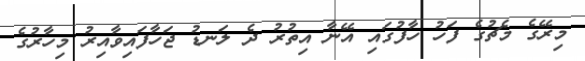
މިރޭގެ މެޗުގެ ފަހު ހާފުގައި އޭނާ އިތުރު ދެ ލަނޑު ޖަހާފައިވާއިރު މިހާރުގެ